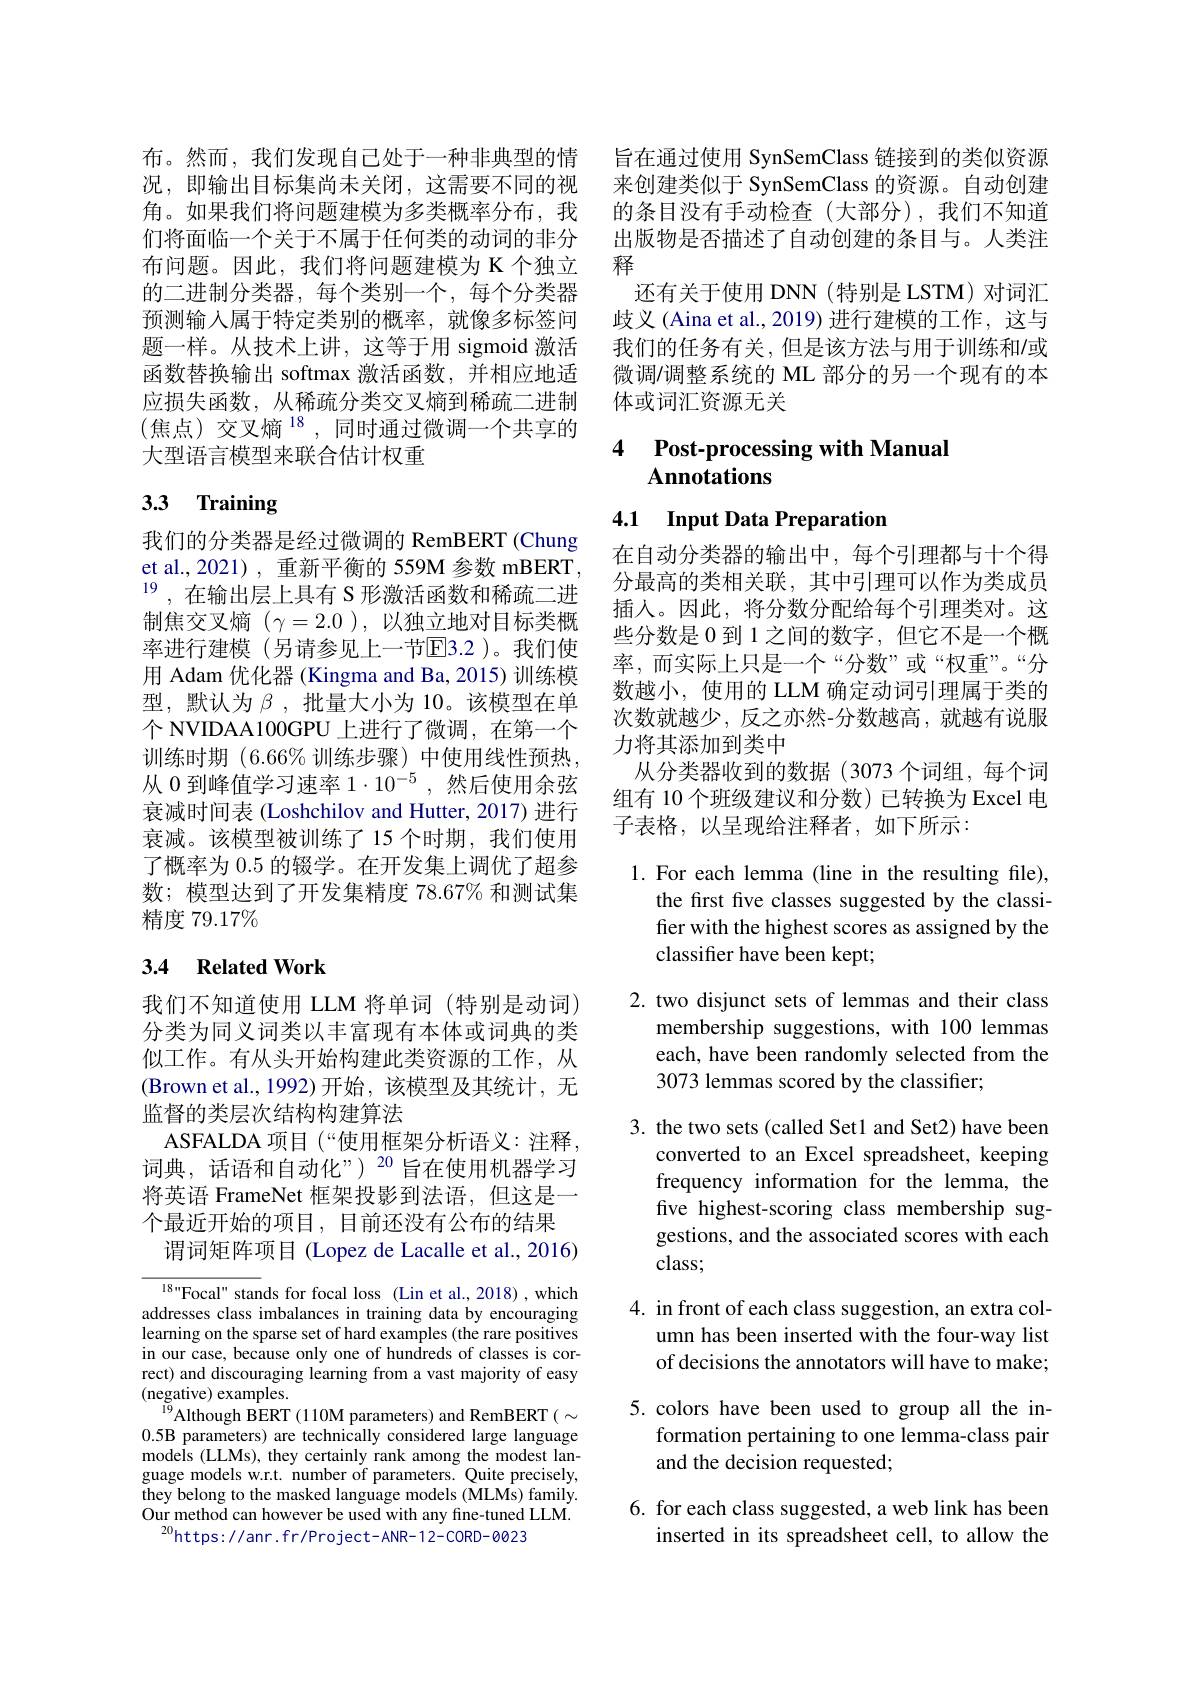
布。然而，我们发现自己处于一种非典型的情况，即输出目标集尚未关闭，这需要不同的视角。如果我们将问题建模为多类概率分布，我们将面临一个关于不属于任何类的动词的非分布问题。因此，我们将问题建模为 K 个独立的二进制分类器，每个类别一个，每个分类器预测输入属于特定类别的概率，就像多标签问题一样。从技术上讲，这等于用 sigmoid 激活函数替换输出 softmax 激活函数，并相应地适应损失函数，从稀疏分类交叉熵到稀疏二进制(焦点)交叉熵$^18$,同时通过微调一个共享的大型语言模型来联合估计权重

# 3.3 Training

我们的分类器是经过微调的 RemBERT (Chung et al.,2021) , 重新平衡的 559M 参数 mBERT $^{19}$,在输出层上具有 S 形激活函数和稀疏二进制焦交叉熵$(\gamma=2.0)$,以独立地对目标类概率进行建模 (另请参见上一节$\overline{\mathrm{E}}3.2$ )。我们使用 Adam 优化器 (Kingma and Ba, 2015) 训练模型，默认为$\beta$ ,批量大小为 10。该模型在单个 NVIDAA100GPU 上进行了微调，在第一个训练时期 (6.66% 训练步骤)中使用线性预热从 0 到峰值学习速率 1$\cdot10^{-5}$,然后使用余弦衰减时间表 (Loshchilov and Hutter, 2017) 进行衰减。该模型被训练了15 个时期，我们使用了概率为 0.5 的辍学。在开发集上调优了超参数；模型达到了开发集精度 78.67% 和测试集精度 79.17%

## 3.4 Related Work

我们不知道使用 LLM 将单词 (特别是动词) 分类为同义词类以丰富现有本体或词典的类似工作。有从头开始构建此类资源的工作，从(Brown et al.,1992)开始，该模型及其统计，无监督的类层次结构构建算法
ASFALDA 项目(“使用框架分析语义：注释词典，话语和自动化”)$^{20}$旨在使用机器学习将英语 FrameNet 框架投影到法语，但这是一个最近开始的项目，目前还没有公布的结果
谓词矩阵项目 (Lopez de Lacalle et al., 2016)

${\frac{18\mathrm{~"Focal"~stan}}{\mathrm{ds~for~focal~loss~(Lin~et~al.,~2018)~,~which}}}$ addresses class imbalances in training data by encouraging learning on the sparse set of hard examples (the rare positives in our case, because only one of hundreds of classes is correct) and discouraging learning from a vast majority of easy (negative) examples.
$^{19}$Although BERT (110M parameters) and RemBERT( $\sim$ 0.5B parameters) are technically considered large language models (LLMs), they certainly rank among the modest language models w.r.t. number of parameters. Quite precisely, they belong to the masked language models (MLMs) family. Our method can however be used with any fine-tuned LLM.
$^{20}$https://anr.fr/Project-ANR-12-CORD-0023

旨在通过使用 SynSemClass 链接到的类似资源来创建类似于 SynSemClass 的资源。自动创建的条目没有手动检查(大部分),我们不知道出版物是否描述了自动创建的条目与。人类注释
还有关于使用 DNN(特别是 LSTM) 对词汇歧义 (Aina et al., 2019) 进行建模的工作，这与我们的任务有关，但是该方法与用于训练和/或微调/调整系统的 ML 部分的另一个现有的本体或词汇资源无关

# 4 Post-processing with Manual Annotations

## 4.1 Input Data Preparation

在自动分类器的输出中，每个引理都与十个得分最高的类相关联，其中引理可以作为类成员插入。因此，将分数分配给每个引理类对。这些分数是 0 到 1 之间的数字 , 但它不是一个概率，而实际上只是一个“分数”或“权重”。“分数越小，使用的 LLM 确定动词引理属于类的次数就越少，反之亦然-分数越高，就越有说服力将其添加到类中
从分类器收到的数据(3073 个词组，每个词组有 10 个班级建议和分数)已转换为 Excel 电子表格，以呈现给注释者，如下所示：

1.For each lemma (line in the resulting file),
the first five classes suggested by the classifier with the highest scores as assigned by the classifier have been kept;

2. two disjunct sets of lemmas and their class
membership suggestions, with 100 lemmas each, have been randomly selected from the 3073 lemmas scored by the classifier;

3. the two sets (called Set1 and Set2) have been
converted to an Excel spreadsheet, keeping frequency information for the lemma, the five highest-scoring class membership suggestions, and the associated scores with each class;

4. in front of each class suggestion, an extra col-
umn has been inserted with the four-way list of decisions the annotators will have to make;

5.colors have been used to group all the in-
formation pertaining to one lemma-class pair
## and the decision requested;

6. for each class suggested, a web link has been
inserted in its spreadsheet cell, to allow the